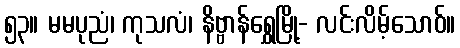
၅၃။ မမပုညံ၊ ကုသလံ၊ နိဗ္ဗာန်ရွှေမြို့- လင်းလိမ့်သောဝ်။